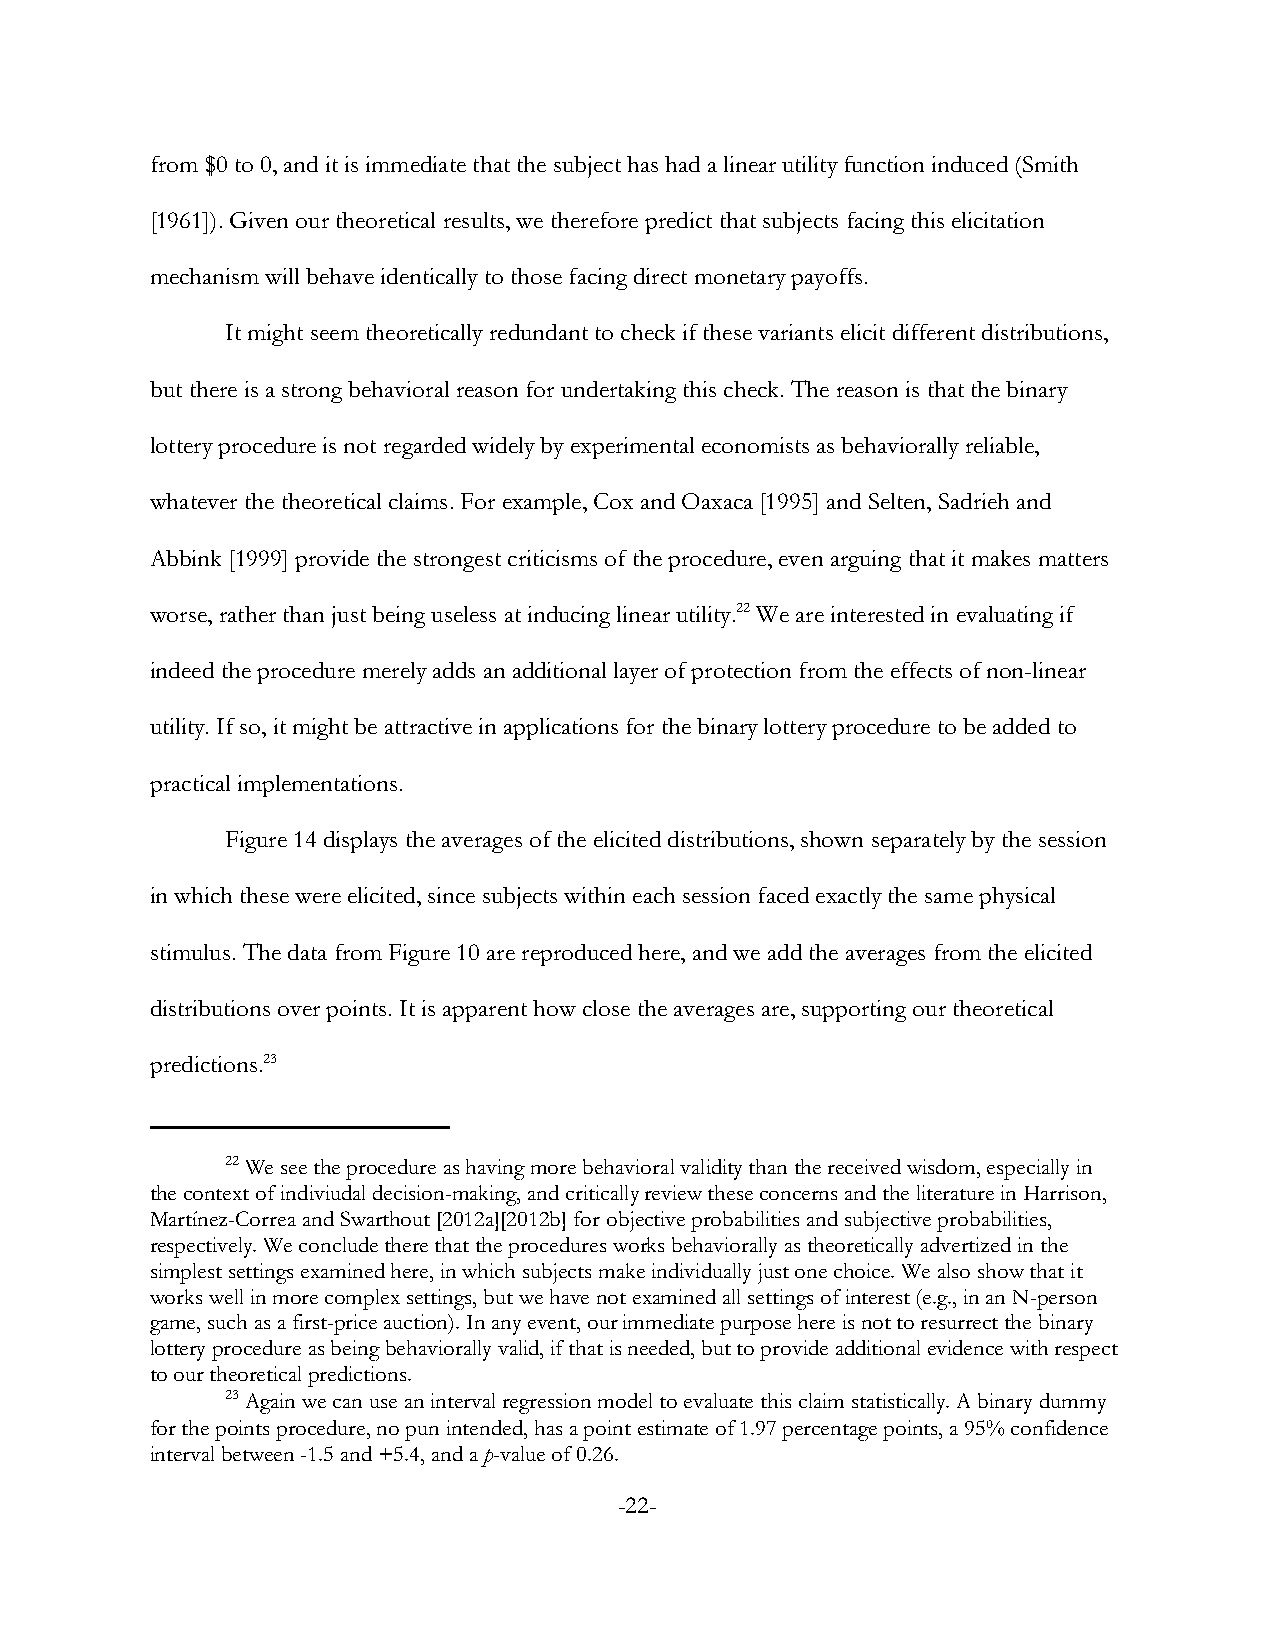
from $0 to 0, and it is immediate that the subject has had a linear utility function induced (Smith
 [1961]). Given our theoretical results, we therefore predict that subjects facing this elicitation
 mechanism will behave identically to those facing direct monetary payoffs.
 It might seem theoretically redundant to check if these variants elicit different distributions,
 but there is a strong behavioral reason for undertaking this check. The reason is that the binary
 lottery procedure is not regarded widely by experimental economists as behaviorally reliable,
 whatever the theoretical claims. For example, Cox and Oaxaca [1995] and Selten, Sadrieh and
 Abbink [1999] provide the strongest criticisms of the procedure, even arguing that it makes matters
 worse, rather than just being useless at inducing linear utility.22 We are interested in evaluating if
 indeed the procedure merely adds an additional layer of protection from the effects of non-linear
 utility. If so, it might be attractive in applications for the binary lottery procedure to be added to
 practical implementations.
 Figure 14 displays the averages of the elicited distributions, shown separately by the session
 in which these were elicited, since subjects within each session faced exactly the same physical
 stimulus. The data from Figure 10 are reproduced here, and we add the averages from the elicited
 distributions over points. It is apparent how close the averages are, supporting our theoretical
 predictions.23
 22 We see the procedure as having more behavioral validity than the received wisdom, especially in
 the context of indiviudal decision-making, and critically review these concerns and the literature in Harrison,
 Martínez-Correa and Swarthout [2012a][2012b] for objective probabilities and subjective probabilities,
 respectively. We conclude there that the procedures works behaviorally as theoretically advertized in the
 simplest settings examined here, in which subjects make individually just one choice. We also show that it
 works well in more complex settings, but we have not examined all settings of interest (e.g., in an N-person
 game, such as a first-price auction). In any event, our immediate purpose here is not to resurrect the binary
 lottery procedure as being behaviorally valid, if that is needed, but to provide additional evidence with respect
 to our theoretical predictions.
 23 Again we can use an interval regression model to evaluate this claim statistically. A binary dummy
 for the points procedure, no pun intended, has a point estimate of 1.97 percentage points, a 95% confidence
 interval between -1.5 and +5.4, and a p-value of 0.26.
 -22-